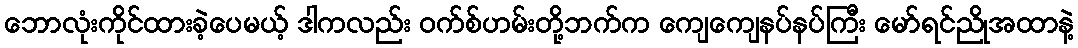
ဘောလုံးကိုင်ထားခဲ့ပေမယ့် ဒါကလည်း ဝက်စ်ဟမ်းတို့ဘက်က ကျေကျေနပ်နပ်ကြီး မော်ရင်ညိုအထာနဲ့